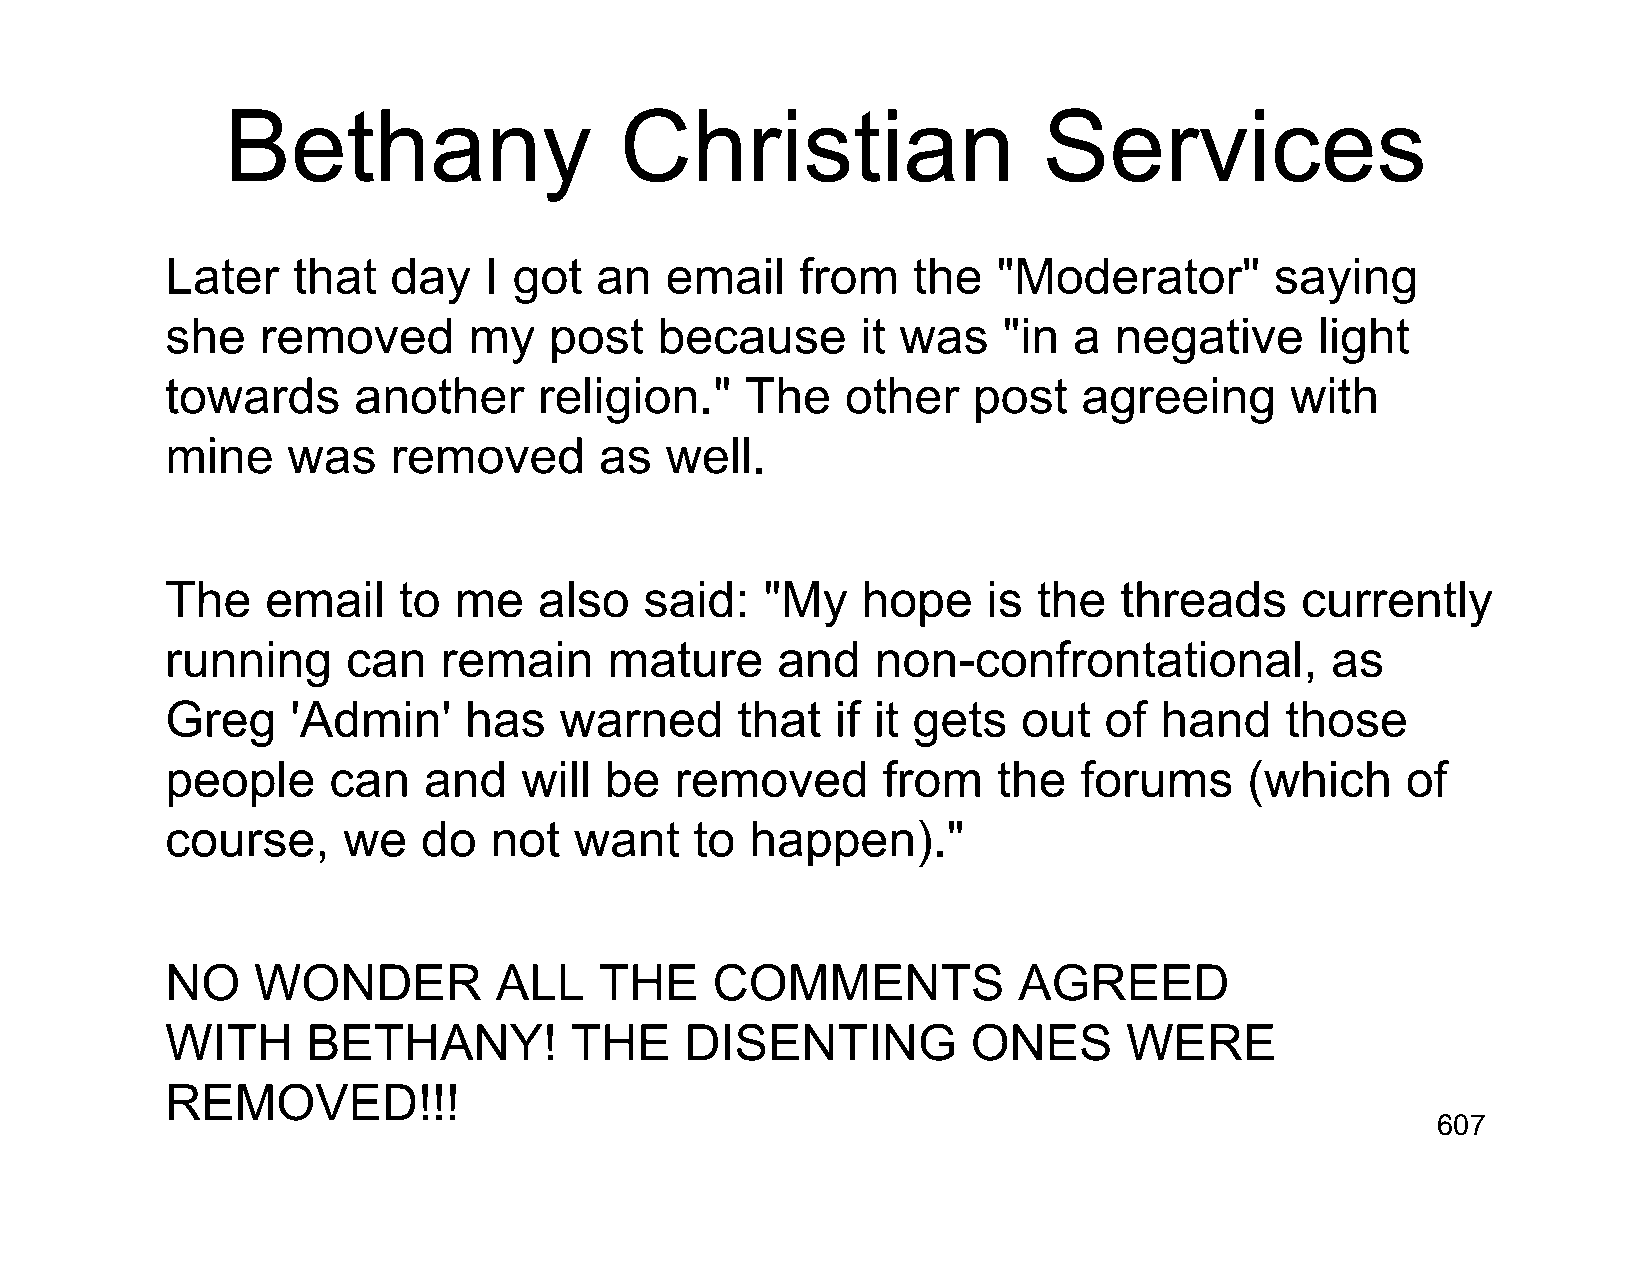
Bethany                   Christian                   Services
 Later   that   day   I got  an   email    from   the   "Moderator"       saying
 she   removed       my   post    because      it was   "in  a  negative     light
 towards     another      religion."   The    other   post    agreeing     with
 mine    was    removed       as  well.
 The    email   to  me    also   said:   "My   hope    is  the  threads     currently
 running     can   remain     mature     and    non-confrontational,          as
 Greg    'Admin'     has   warned      that  if it gets   out  of  hand    those
 people     can   and   will  be   removed      from    the  forums      (which    of
 course,     we   do  not   want    to  happen)."
 NO    WONDER          ALL    THE    COMMENTS            AGREED
 WITH     BETHANY!          THE    DISENTING          ONES       WERE
 REMOVED!!!
 607